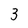
Character: 3